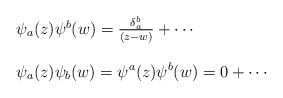
\begin{align*}\begin{array}{l}\psi_{a}(z) \psi^{b}(w) = \frac{\delta_{a}^{b}}{(z-w)} + \cdots \\\ \\\psi_{a}(z) \psi_{b}(w) = \psi^{a}(z) \psi^{b}(w) = 0 + \cdots\end{array}\end{align*}